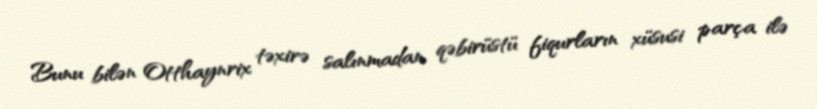
Bunu bilən Otthaynrix təxirə salınmadan qəbirüstü fiqurların xüsusi parça ilə